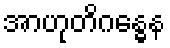
အာဟုတိဂန္ဓေန